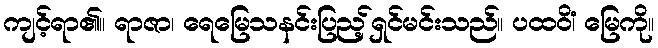
ကျင့်ရာ၏။ ရာဇာ၊ ရေမြေသနင်းပြည့်ရှင်မင်းသည်။ ပထဝိံ၊ မြေကို။